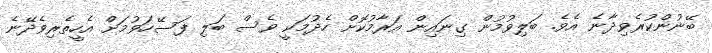
ބޭނުންކުރެވިދާނެ އެވެ. ބަލިވުމުން ގިނައިން އަރާމުކޮށް ހެދުމަކީ ވެސް ބަލި ފަސޭހަވުމަށް އެހީތެރިވެދޭނެ